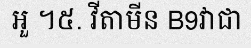
អួ ។៥. វីតាមីន B9វាជា